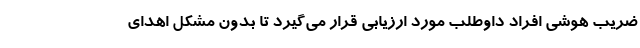
ضریب هوشی افراد داوطلب مورد ارزیابی قرار می‌گیرد تا بدون مشکل اهدای